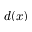
d ( x )